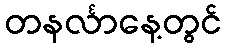
တနင်္လာနေ့တွင်